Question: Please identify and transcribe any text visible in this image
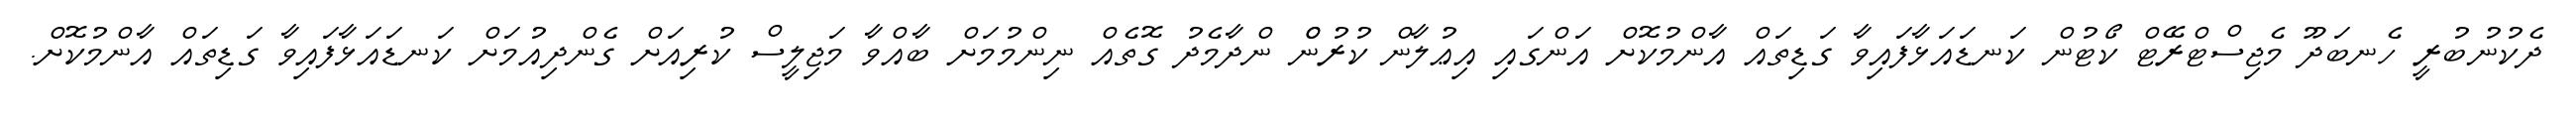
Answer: ދެކުނުބުރީ ހެނބަދޫ މެޖިސްޓްރޭޓް ކޯޓުން ކަނޑައަޅާފައިވާ ގަޑިތައް އާންމުކޮށް އަންގައި އިޢުލާން ކުރުންް ންދާމެދު ގޮތެއް ނިންމުމަށް ބާއްވާ މަޖިލީސް ކުރިއަށް ގެންދިއުމަށް ކަނޑައަޅާފައިވާ ގަޑިތައް އާންމުކޮށް.